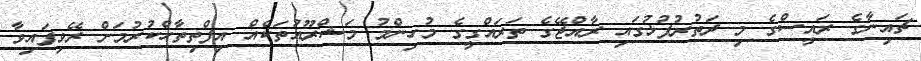
ޗައިނާގެ ރައީސްގެ މި ދަތުރުފުޅުގައި ރާއްޖޭގެ ތަރައްގީގެ މުހިންމު މަޝްރޫއުތަކެއް އިފްތިތާހްކުރުމަށް ރޭވިފައިވާ